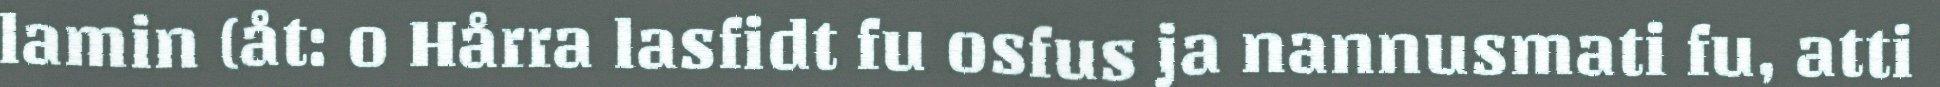
lamin (åt: o Hårra lasfidt fu osfus ja nannusmati fu, atti